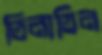
তিনাতিন